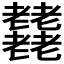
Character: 𦓋